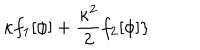
\kappa f _ { 1 } [ \phi ] + \frac { \kappa ^ { 2 } } { 2 } f _ { 2 } [ \phi ] \}